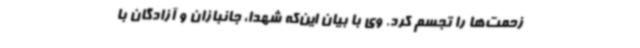
زحمت‌ها را تجسم کرد. وی با بیان این‌که شهدا، جانبازان و آزادگان با